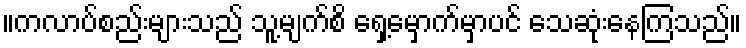
။ကလာပ်စည်းများသည် သူ့မျက်စိ ရှေ့မှောက်မှာပင် သေဆုံးနေကြသည်။